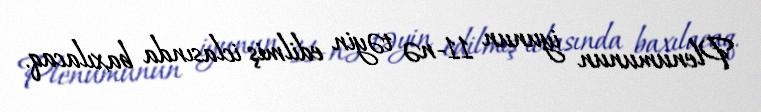
Plenumunun iyunun 11-nə təyin edilmiş iclasında baxılacaq.